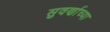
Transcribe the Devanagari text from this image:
सुवर्णाच्या